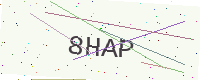
Text: 8HAP